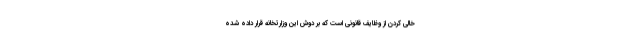
خالی کردن از وظایف قانونی است که بر دوش این وزارتخانه قرار داده شده